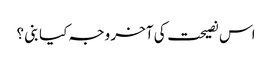
اس نصیحت کی آخر وجہ کیا بنی ؟